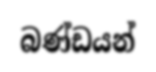
බණ්ඩයන්